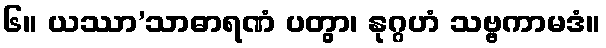
၆။ ယဿာ’သာဓာရဏံ ပတွာ၊ နုဂ္ဂဟံ သဗ္ဗကာမဒံ။